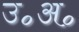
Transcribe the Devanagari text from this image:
उ॰अ॰